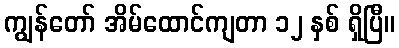
ကျွန်တော် အိမ်ထောင်ကျတာ ၁၂ နှစ် ရှိပြီ။